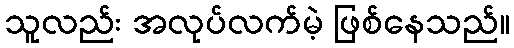
သူလည်း အလုပ်လက်မဲ့ ဖြစ်နေသည်။